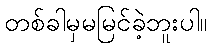
တစ်ခါမှမမြင်ခဲ့ဘူးပါ။